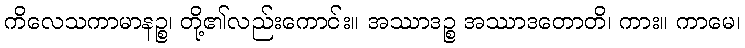
ကိလေသကာမာနဉ္စ၊ တို့၏လည်းကောင်း။ အဿာဒဉ္စ အဿာဒတောတိ၊ ကား။ ကာမေ၊